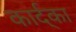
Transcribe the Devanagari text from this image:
कार्द्का